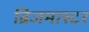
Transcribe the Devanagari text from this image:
ब्रिजमास्टर